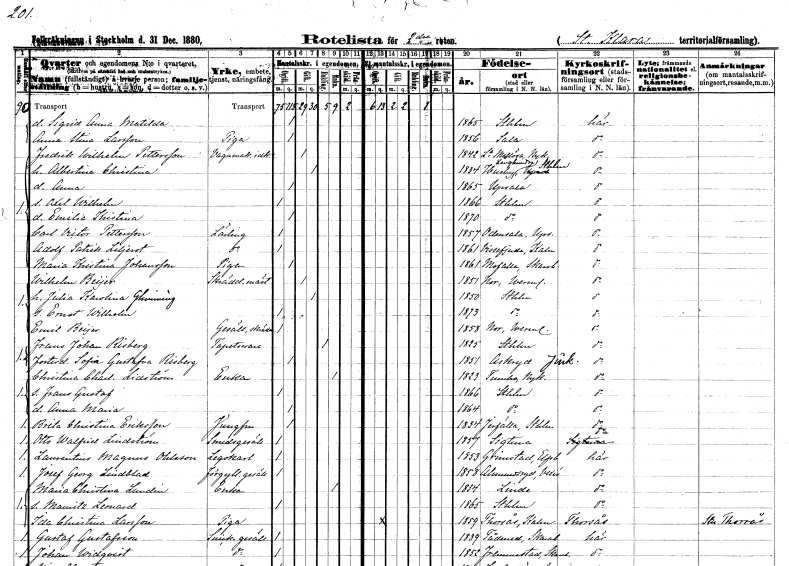
gt_parse: households: individuals: FN: Sigrid Anna Matilda
KON: K
CIV: O
FODAR: 1865
FODFORS: Stockholm
FN: Anna Stina
EN: Larsson
YRKE: Piga
KON: K
CIV: O
FODAR: 1856
FODFORS: Sala Västmanlands län
FN: Fredrik Wilhelm
EN: Pettersson
YRKE: Vagnmakeriidkare
KON: M
CIV: G
FODAR: 1842
FODFORS: Lilla Mellösa Södermanlands län
FN: Albertina Christina
KON: K
CIV: G
FODAR: 1834
FODFORS: Husby-Långhundra Uppsala län
FN: Anna
KON: K
CIV: O
FODAR: 1865
FODFORS: Uppsala Uppsala län
FN: Axel Wilhelm
KON: M
CIV: O
FODAR: 1866
FODFORS: Stockholm
FN: Emilia Kristina
KON: K
CIV: O
FODAR: 1870
FODFORS: Stockholm
FN: Carl Victor
EN: Pettersson
YRKE: Lärling
KON: M
CIV: O
FODAR: 1857
FODFORS: Odensala Stockholms län
FN: Adolf Patrik
EN: Liljerot
YRKE: Lärling
KON: M
CIV: O
FODAR: 1861
FODFORS: Vissefjärda Kalmar län
FN: Maria Kristina
EN: Johansson
YRKE: Piga
KON: K
CIV: O
FODAR: 1861
FODFORS: Mofalla Skaraborgs län
FN: Wilhelm
EN: Beijer
YRKE: Skräddarmästare
KON: M
CIV: G
FODAR: 1851
FODFORS: Nor Värmlands län
FN: Julia Karolina
EN: Glimming
KON: K
CIV: G
FODAR: 1850
FODFORS: Stockholm
FN: Ernst Wilhelm
KON: M
CIV: O
FODAR: 1873
FODFORS: Stockholm
FN: Emil
EN: Beijer
YRKE: Skräddaregesäll
KON: M
CIV: O
FODAR: 1858
FODFORS: Nor Värmlands län
FN: Frans Johan
EN: Risberg
YRKE: Tapetserare
KON: M
CIV: E
FODAR: 1825
FODFORS: Stockholm
FN: Sofia Gustafva
EN: Risberg
KON: K
CIV: O
FODAR: 1851
FODFORS: Askeryd Jönköpings län
FN: Christina Charlotta
EN: Lidström
YRKE: Änka
KON: K
CIV: E
FODAR: 1823
FODFORS: Tumbo Södermanlands län
FN: Frans Gustaf
KON: M
CIV: O
FODAR: 1866
FODFORS: Stockholm
FN: Anna Maria
KON: K
CIV: O
FODAR: 1864
FODFORS: Stockholm
FN: Brita Christina
EN: Eriksson
YRKE: Jungfru
KON: K
CIV: O
FODAR: 1834
FODFORS: Järfälla Stockholms län
FN: Otto Walfrid
EN: Lindström
YRKE: Smedsgesäll
KON: M
CIV: O
FODAR: 1857
FODFORS: Sigtuna Stockholms län
FN: Laurentius Magnus
EN: Ohlsson
YRKE: Legokarl
KON: M
CIV: O
FODAR: 1853
FODFORS: Grinstad Älvsborgs län
FN: Josef Georg
EN: Lindblad
YRKE: Förgyllaregesäll
KON: M
CIV: O
FODAR: 1858
FODFORS: Almundsryd Kronobergs län
FN: Maria Christina
EN: Lundin
YRKE: Änka
KON: K
CIV: E
FODAR: 1834
FODFORS: Linde Örebro län
FN: Mauritz Leonard
KON: M
CIV: O
FODAR: 1865
FODFORS: Stockholm
FN: Ida Christina
EN: Larsson
YRKE: Piga
KON: K
CIV: O
FODAR: 1859
FODFORS: Torsås Kalmar län